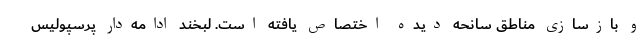
و بازسازی مناطق سانحه دیده اختصاص یافته است. لبخند ادامه‌دار پرسپولیسِ